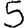
Digit: 5